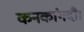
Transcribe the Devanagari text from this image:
कनकांगदी।